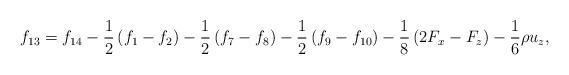
\begin{align*}{f_{13}} = {f_{14}} - \frac{1}{2}\left( {{f_1} - {f_2}} \right) - \frac{1}{2}\left( {{f_7} - {f_8}} \right) - \frac{1}{2}\left( {{f_9} - {f_{10}}} \right) - \frac{1}{8}\left( {2{F_x} - {F_z}} \right) - \frac{1}{6}\rho {u_z},\end{align*}